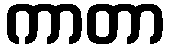
ကာတာ